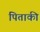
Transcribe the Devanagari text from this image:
पिताकी